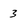
Character: 3